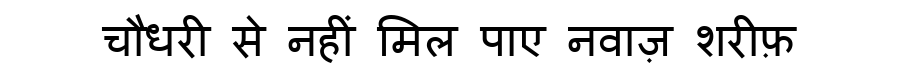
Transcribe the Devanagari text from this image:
चौधरी से नहीं मिल पाए नवाज़ शरीफ़